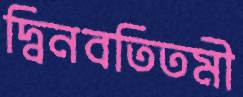
দ্বিনবতিতমী